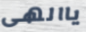
ياالهى